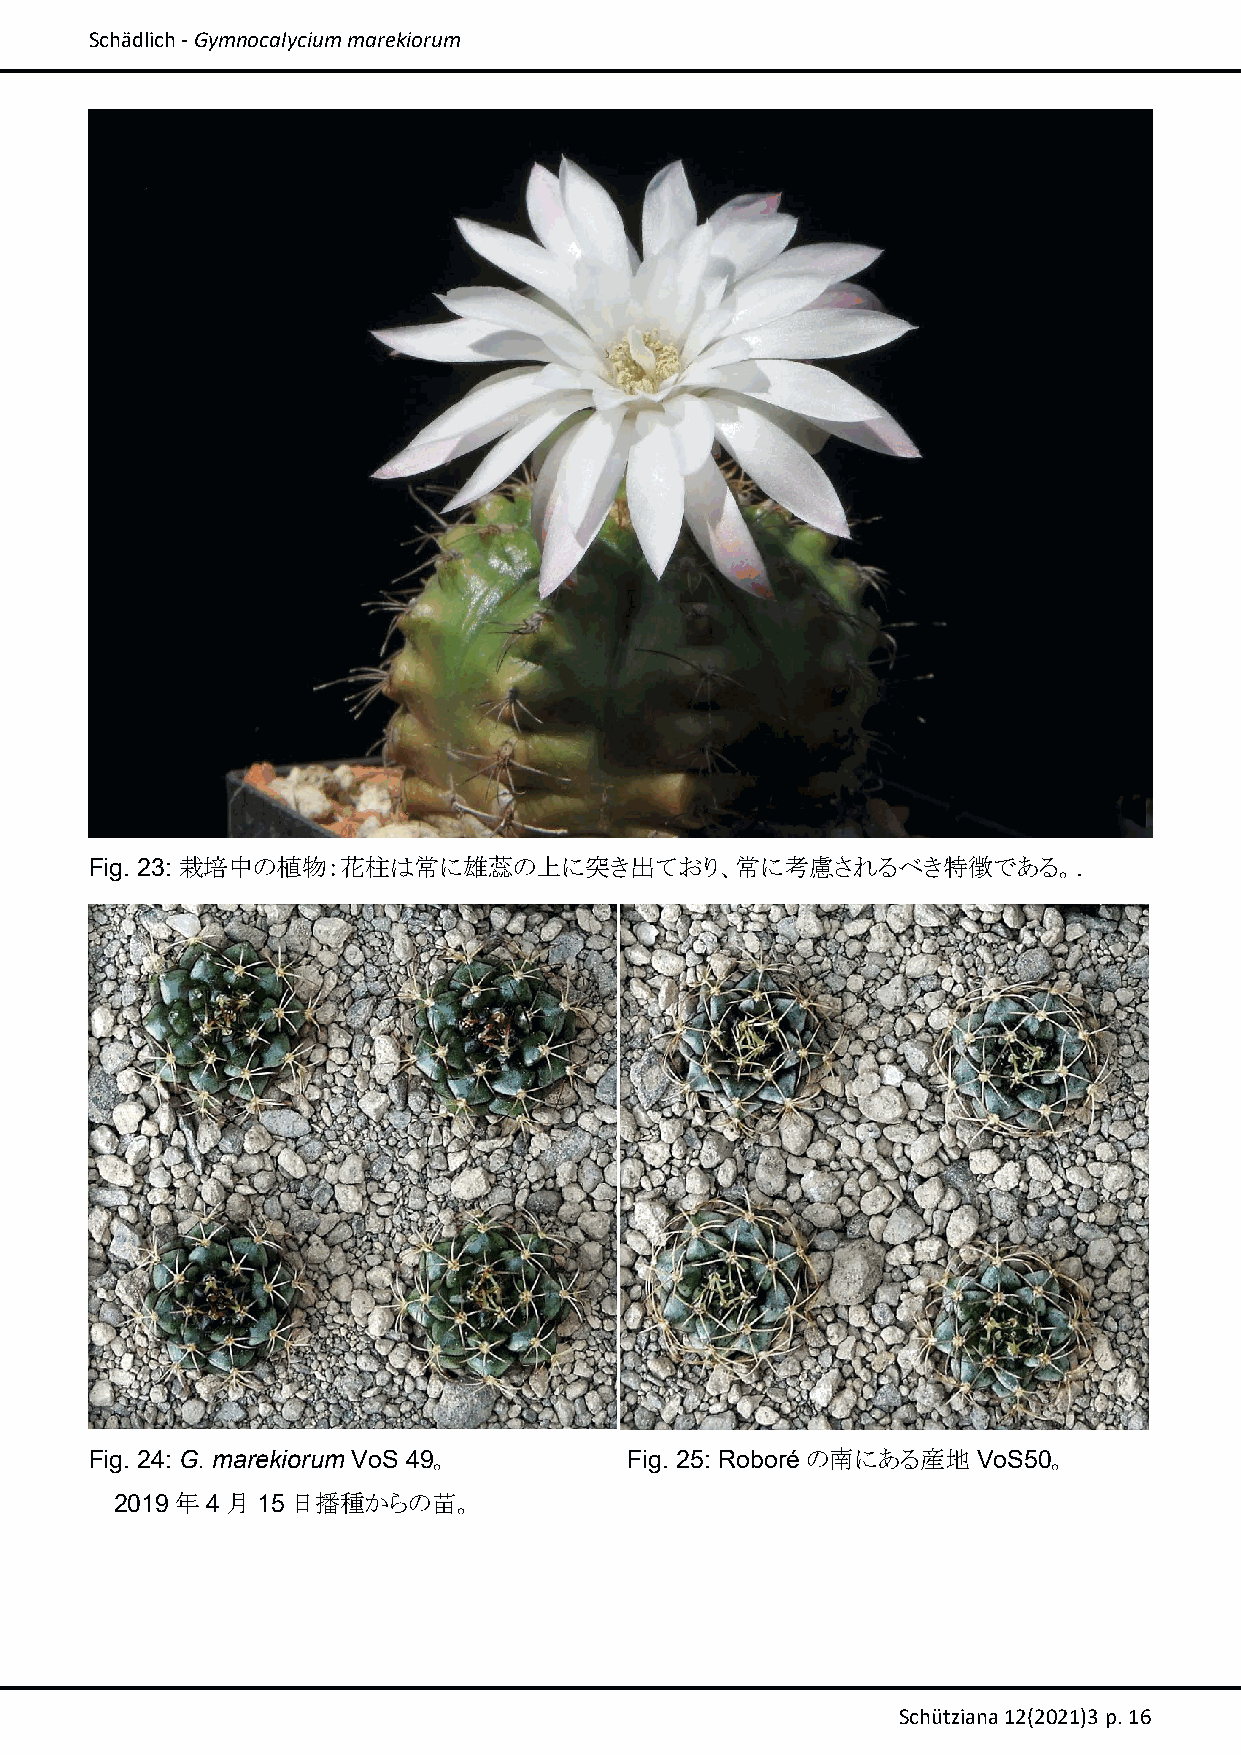
Schädlich ‐ Gymnocalycium marekiorum
 Fig. 23: 栽培中の植物：花柱は常に雄蕊の上に突き出ており、常に考慮されるべき特徴である。.
 Fig. 24: G. marekiorum VoS 49。      Fig. 25: Roboréの南にある産地VoS50。
 2019年4月15日播種からの苗。
 Schütziana 12(2021)3 p. 16